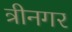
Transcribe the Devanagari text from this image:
त्रीनगर